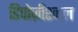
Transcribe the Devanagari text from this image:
डिपोज़ीश्नल